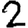
Digit: 2